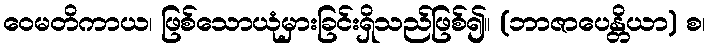
ဝေမတိကာယ၊ ဖြစ်သောယုံမှားခြင်းရှိသည်ဖြစ်၍။ (ဘာဇာပေန္တိယာ) စ၊